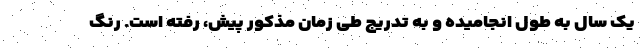
یک سال به طول انجامیده و به تدریج طی زمان مذکور پیش، رفته است. رنگ